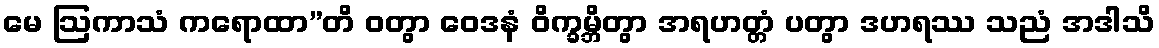
မေ ဩကာသံ ကရောထာ”တိ ဝတွာ ဝေဒနံ ဝိက္ခမ္ဘိတွာ အရဟတ္တံ ပတွာ ဒဟရဿ သညံ အဒါသိ